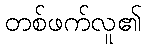
တစ်ဖက်လူ၏